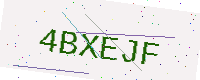
Text: 4BXEJF